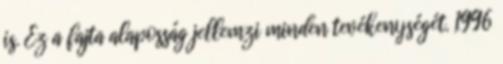
is. Ez a fajta alaposság jellemzi minden tevékenységét. 1996